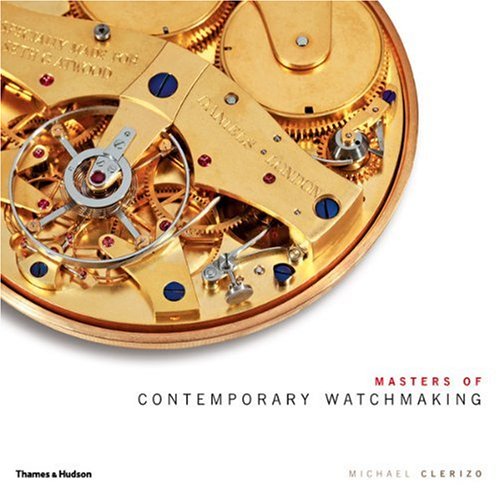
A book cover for Masters of Contemporary Watchmaking; Michael Clerizo; Crafts, Hobbies & Home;